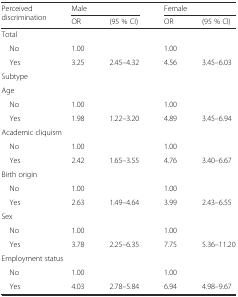
<table><thead><tr><td rowspan="2"><b>Perceived discrimination</b></td><td colspan="2"><b>Male</b></td><td colspan="2"><b>Female</b></td></tr><tr><td><b>OR</b></td><td><b>(95 % CI)</b></td><td><b>OR</b></td><td><b>(95 % CI)</b></td></tr></thead><tbody><tr><td colspan="5">Total</td></tr><tr><td> No</td><td>1.00</td><td></td><td>1.00</td><td></td></tr><tr><td> Yes</td><td>3.25</td><td>2.45–4.32</td><td>4.56</td><td>3.45–6.03</td></tr><tr><td colspan="5">Subtype</td></tr><tr><td colspan="5">Age</td></tr><tr><td> No</td><td>1.00</td><td></td><td>1.00</td><td></td></tr><tr><td> Yes</td><td>1.98</td><td>1.22–3.20</td><td>4.89</td><td>3.45–6.94</td></tr><tr><td colspan="5">Academic cliquism</td></tr><tr><td> No</td><td>1.00</td><td></td><td>1.00</td><td></td></tr><tr><td> Yes</td><td>2.42</td><td>1.65–3.55</td><td>4.76</td><td>3.40–6.67</td></tr><tr><td colspan="5">Birth origin</td></tr><tr><td> No</td><td>1.00</td><td></td><td>1.00</td><td></td></tr><tr><td> Yes</td><td>2.63</td><td>1.49–4.64</td><td>3.99</td><td>2.43–6.55</td></tr><tr><td colspan="5">Sex</td></tr><tr><td> No</td><td>1.00</td><td></td><td>1.00</td><td></td></tr><tr><td> Yes</td><td>3.78</td><td>2.25–6.35</td><td>7.75</td><td>5.36–11.20</td></tr><tr><td colspan="5">Employment status</td></tr><tr><td> No</td><td>1.00</td><td></td><td>1.00</td><td></td></tr><tr><td> Yes</td><td>4.03</td><td>2.78–5.84</td><td>6.94</td><td>4.98–9.67</td></tr></tbody></table>